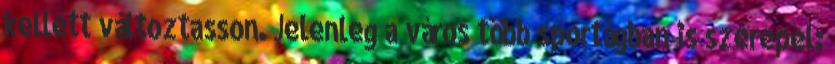
kellett változtasson. Jelenleg a város több sportágban is szerepel: